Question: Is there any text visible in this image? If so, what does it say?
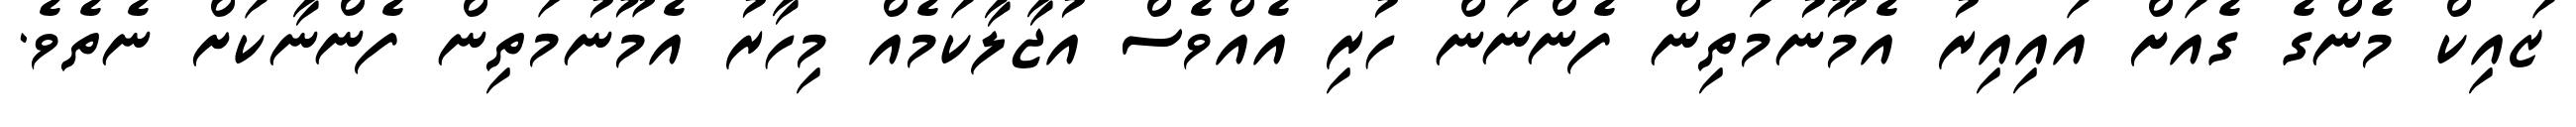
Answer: ޒައިކް މެންގެ ގެއަށް އައިއިރު އެމޫނުމަތިން ފެންނަން ހުރި އެއްވެސް އުޖާލާކަމެއް މިހާރު އެމޫނުމަތިން ފެންނާކަށް ނެތެވެ.